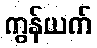
ကွန်ယက်